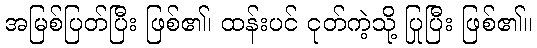
အမြစ်ပြတ်ပြီး ဖြစ်၏၊ ထန်းပင် ငုတ်ကဲ့သို့ ပြုပြီး ဖြစ်၏။